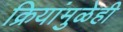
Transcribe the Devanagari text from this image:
क्रियांमुळेही